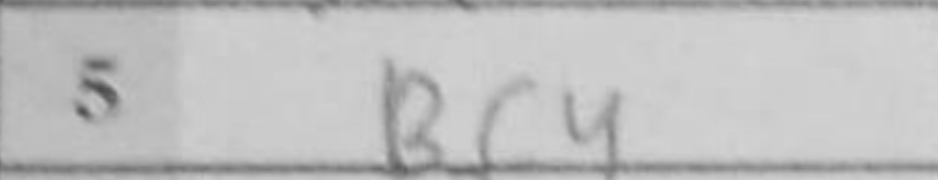
Transcription: Bf4